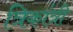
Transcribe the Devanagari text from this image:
त्रिकांत्री